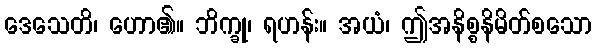
ဒေသေတိ၊ ဟော၏။ ဘိက္ခု၊ ရဟန်း။ အယံ၊ ဤအနိစ္စနိမိတ်စသော